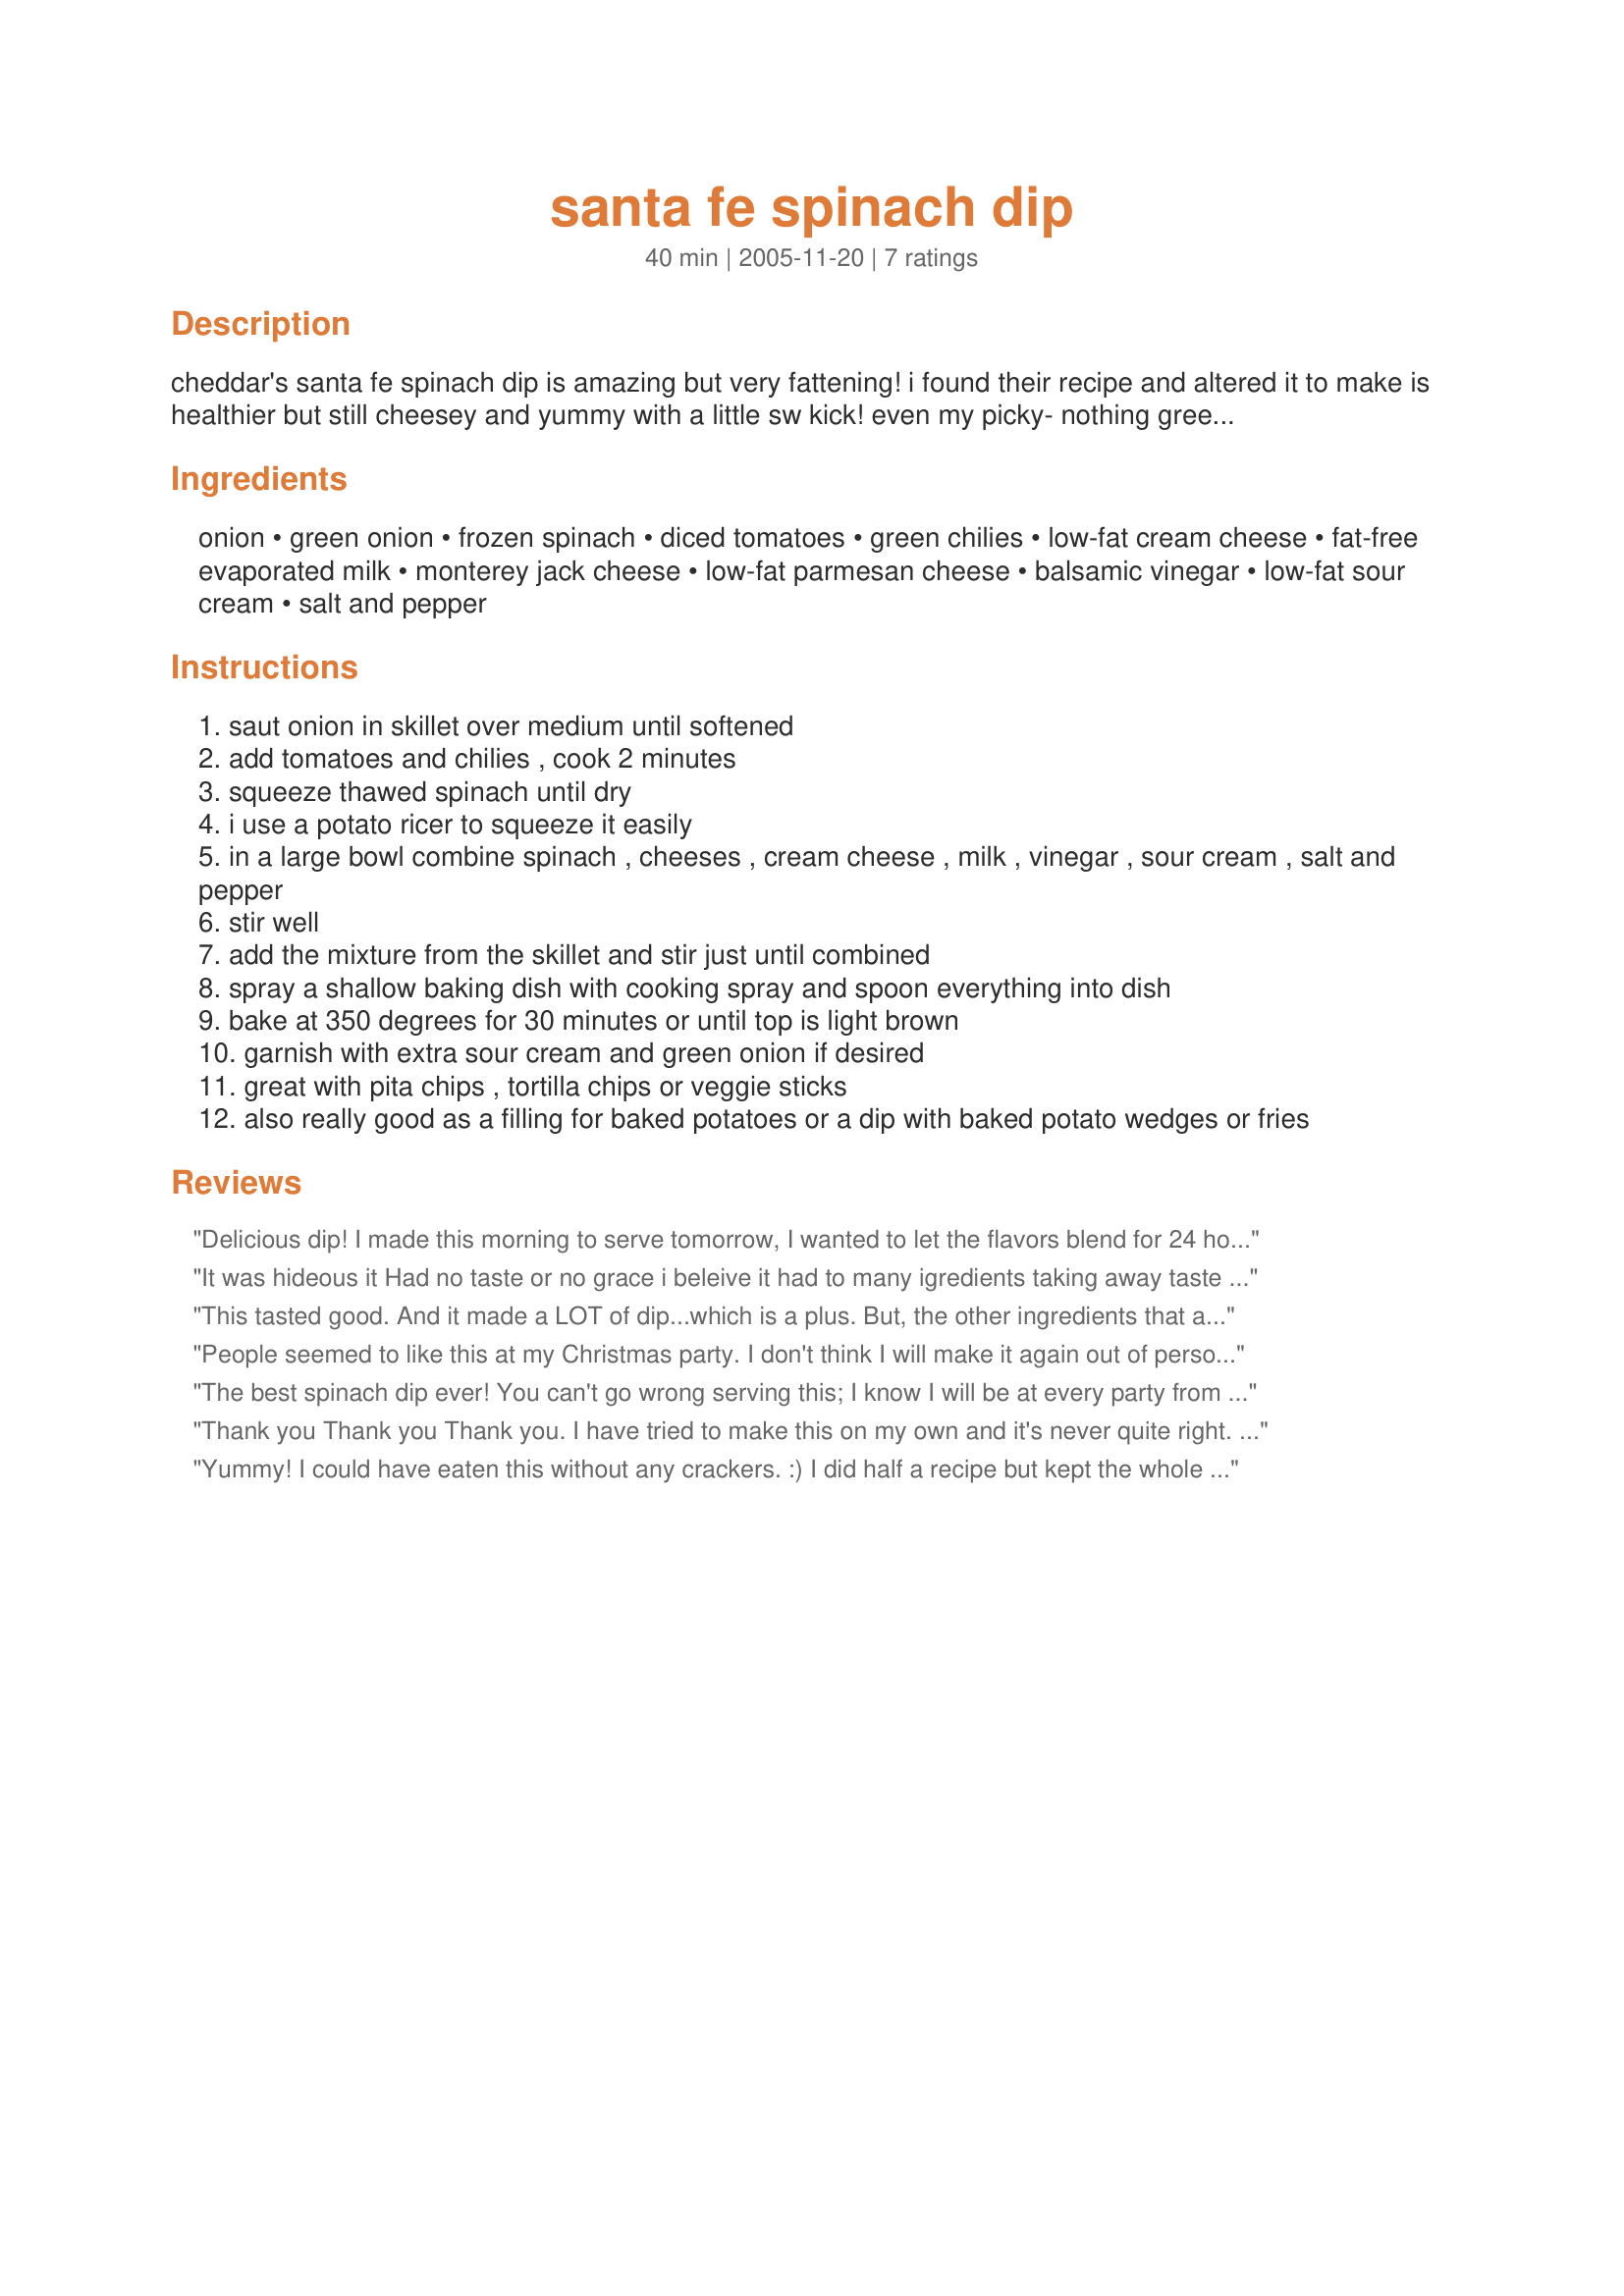
santa fe spinach dip
Preparation time: 40 minutes

cheddar's santa fe spinach dip is amazing but very fattening! i found their recipe and altered it to make is healthier but still cheesey and yummy with a little sw kick! even my picky- nothing green guy- ate this and loved it!

Ingredients:
onion, green onion, frozen spinach, diced tomatoes, green chilies, low-fat cream cheese, fat-free evaporated milk, monterey jack cheese, low-fat parmesan cheese, balsamic vinegar, low-fat sour cream, salt and pepper

Steps:
saut onion in skillet over medium until softened
add tomatoes and chilies , cook 2 minutes
squeeze thawed spinach until dry
i use a potato ricer to squeeze it easily
in a large bowl combine spinach , cheeses , cream cheese , milk , vinegar , sour cream , salt and pepper
stir well
add the mixture from the skillet and stir just until combined
spray a shallow baking dish with cooking spray and spoon everything into dish
bake at 350 degrees for 30 minutes or until top is light brown
garnish with extra sour cream and green onion if desired
great with pita chips , tortilla chips or veggie sticks
also really good as a filling for baked potatoes or a dip with baked potato wedges or fries

Reviews:
Delicious dip! I made this morning to serve tomorrow, I wanted to let the flavors blend for 24 hours or more. I used full-fat cream cheese and subbed the evaporated milk for half and half, I cut the basamic vinegar down to 2 teaspoons, and added in about 1 teaspoon fresh minced garlic. Thanks mama!...Kitten:)
It was hideous it Had no taste or no grace i beleive it had to many igredients taking away taste from each other. Thr evaporated milk was not needed as well as the parmesan cheese I beleave thses two items took away the taste. I dont recommend this recipie it wasnt that zesty. Try a more simple ingredients
This tasted good. And it made a LOT of dip...which is a plus. But, the other ingredients that aren't usually found in most spinach dips (tomatoes, chilies vinegar & milk) didn't bring wow to the dip..it still tasted like spinach dip...I think I'll stick with my regular recipe with fewer ingredients and save this one for when I'm going to be feeding a crowd.
People seemed to like this at my Christmas party. I don't think I will make it again out of personal preference but thank you !
The best spinach dip ever! You can't go wrong serving this; I know I will be at every party from here on! It's low-stress because you can make it a day or two before and refrigerate, then just stick in the oven 30 minutes before your guests arrive. It also reheats well. I also like it as a filling for quesadillas - no cheese needed - just spread on tortillas and then brown the outsides. 10 Stars!
Thank you Thank you Thank you. I have tried to make this on my own and it's never quite right. This is awesome.
Lisa
Yummy! I could have eaten this without any crackers. :) I did half a recipe but kept the whole can of chilies and tomatoes. I didn't have the vinegar and it came out great! I might add in some cayenne and use a can of Rotel or salaa next time, too. Thanks, mama's kitchen!
